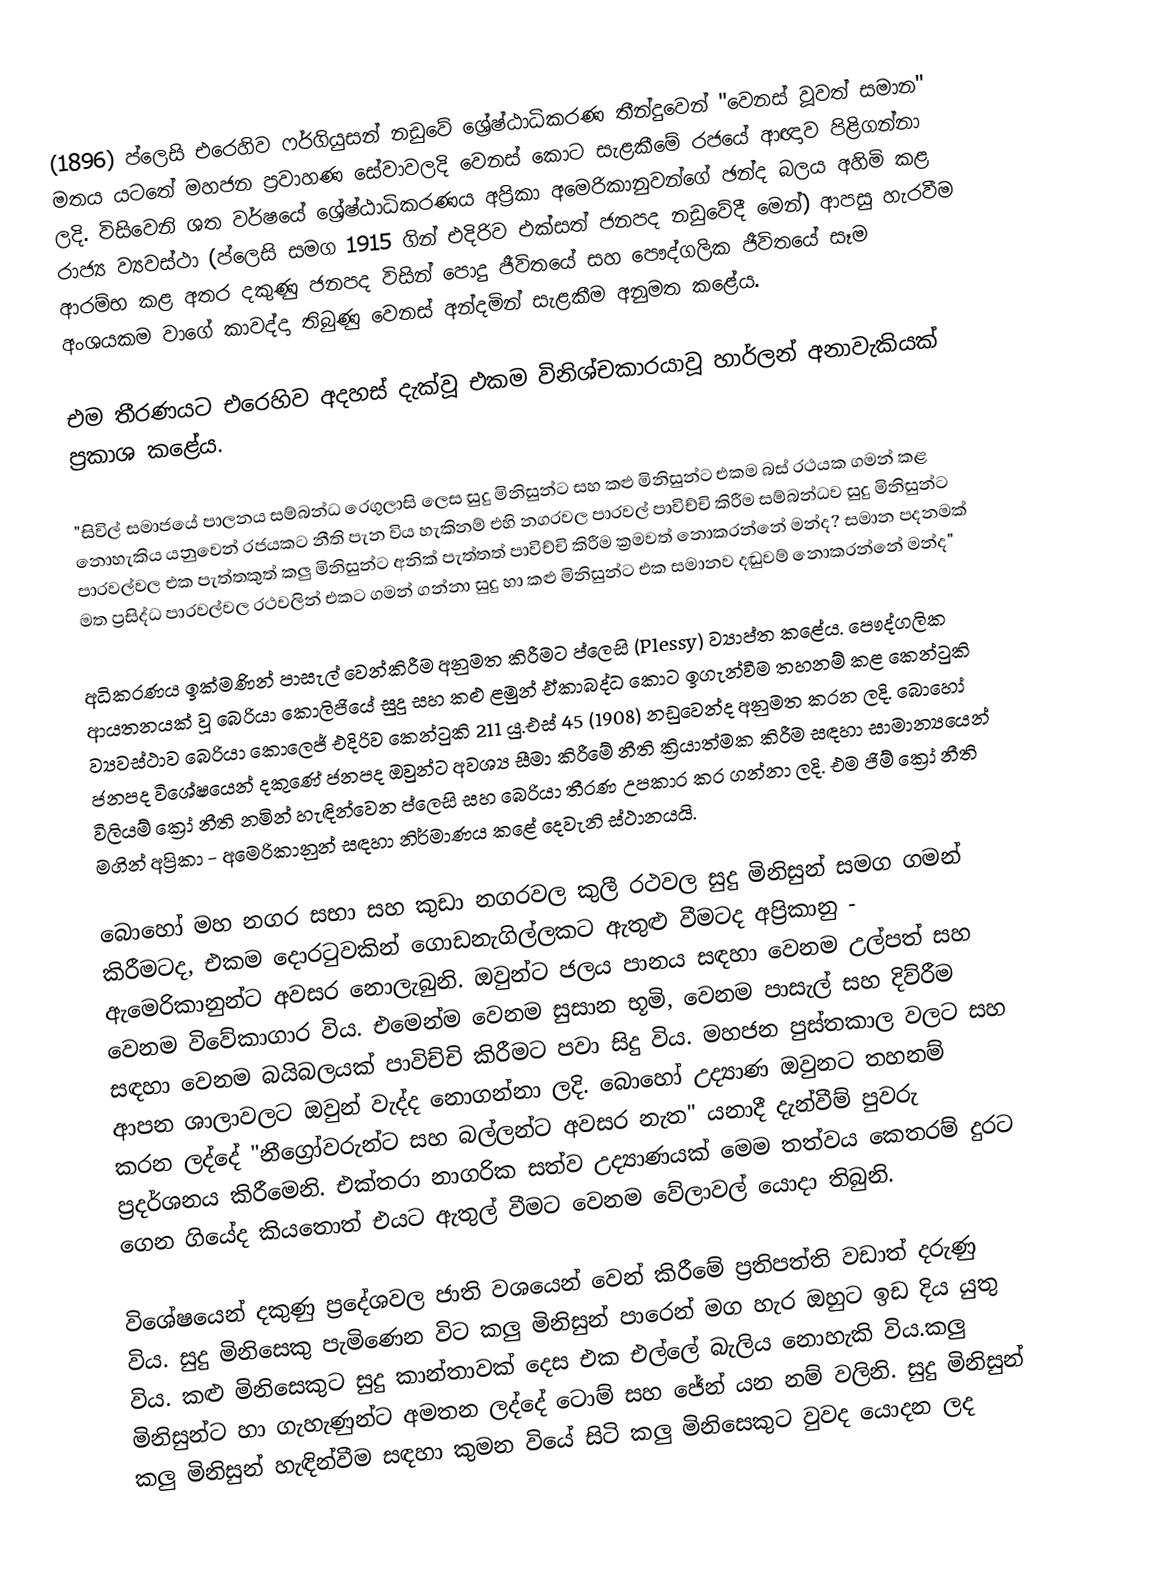
(1896) ප්ලෙසි එරෙහිව ෆර්ගියුසන් නඩුවේ ශ්‍රේෂ්ඨාධිකරණ තීන්දුවෙන් "වෙනස් වූවත් සමාන" මතය යටතේ මහජන ප්‍රවාහණ සේවාවලදි වෙනස් කොට සැළකීමේ රජයේ ආඥාව පිළිගන්නා ලදි. විසිවෙනි ශත වර්ෂයේ ශ්‍රේෂ්ඨාධිකරණය අප්‍රිකා අමෙරිකානුවන්ගේ ඡන්ද බලය අහිමි කළ රාජ්‍ය ව්‍යවස්ථා (ප්ලෙසි සමග 1915 ගින් එදිරිව එක්සත් ජනපද නඩුවේදී මෙන්) ආපසු හැරවීම ආරම්භ කළ අතර දකුණු ජනපද විසින් පොදු ජීවිතයේ සහ පෞද්ගලික ජීවිතයේ සෑම අංශයකම වාගේ කාවද්දා තිබුණු වෙනස් අන්දමින් සැළකීම අනුමත කළේය.

එම තීරණයට එරෙහිව අදහස් දැක්වූ එකම විනිශ්චකාරයාවූ හාර්ලන් අනාවැකියක් ප්‍රකාශ කළේය.

"සිවිල් සමාජයේ පාලනය සම්බන්ධ රෙගුලාසි ලෙස සුදු මිනිසුන්ට සහ කළු මිනිසුන්ට එකම බස් රථයක ගමන් කළ නොහැකිය යනුවෙන් රජයකට නීති පැන විය හැකිනම් එහි නගරවල පාරවල් පාවිච්චි කිරීම සම්බන්ධව සුදු මිනිසුන්ට පාරවල්වල එක පැත්තකුත් කලු මිනිසුන්ට අනික් පැත්තත් පාවිච්චි කිරීම ක්‍රමවත් නොකරන්නේ මන්ද? සමාන පදනමක් මත ප්‍රසිද්ධ පාරවල්වල රථවලින් එකට ගමන් ගන්නා සුදු හා කළු මිනිසුන්ට එක සමානව දඬුවම් නොකරන්නේ මන්ද"

අධිකරණය ඉක්මණින් පාසැල් වෙන්කිරීම අනුමත කිරීමට ප්ලෙසි (Plessy) ව්‍යාප්ත කළේය. පෞද්ගලික ආයතනයක් වූ බෙරියා කොලිජියේ සුදු සහ කළු ළමුන් ඒකාබද්ධ කොට ඉගැන්වීම තහනම් කළ කෙන්ටුකි ව්‍යවස්ථාව බෙරියා කොලෙජ් එදිරිව කෙන්ටුකි 211 යු.එස් 45 (1908) නඩුවෙන්ද අනුමත කරන ලදි. බොහෝ ජනපද විශේෂයෙන් දකුණේ ජනපද ඔවුන්ට අවශ්‍ය සීමා කිරීමේ නීති ක්‍රියාත්මක කිරීම සඳහා සාමාන්‍යයෙන් විලියම් ක්‍රෝ නීති නමින් හැඳින්වෙන ප්ලෙසි  සහ බෙරියා තීරණ උපකාර කර ගන්නා ලදි. එම ජිම් ක්‍රෝ නීති මගින් අප්‍රිකා - අමෙරිකානුන් සඳහා නිර්මාණය කළේ දෙවැනි ස්ථානයයි.

බොහෝ මහ නගර සභා සහ කුඩා නගරවල  කුලී රථවල සුදු මිනිසුන් සමග ගමන් කිරීමටද,  එකම දොරටුවකින් ගොඩනැගිල්ලකට ඇතුළු වීමටද අප්‍රිකානු - ඇමෙරිකානුන්ට අවසර නොලැබුනි. ඔවුන්ට ජලය පානය සඳහා වෙනම උල්පත් සහ  වෙනම විවේකාගාර විය. එමෙන්ම වෙනම සුසාන භූමි, වෙනම පාසැල් සහ දිව්රීම සඳහා වෙනම බයිබලයක් පාවිච්චි කිරීමට පවා සිදු විය. මහජන පුස්තකාල වලට සහ ආපන ශාලාවලට ඔවුන් වැද්ද නොගන්නා ලදි. බොහෝ උද්‍යාණ ඔවුනට තහනම් කරන ලද්දේ "නීග්‍රෝවරුන්ට සහ බල්ලන්ට අවසර නැත" යනාදී දැන්වීම් පුවරු ප්‍රදර්ශනය කිරීමෙනි. එක්තරා නාගරික සත්ව උද්‍යාණයක් මෙම තත්වය කෙතරම් දුරට ගෙන ගියේද කියතොත් එයට ඇතුල් වීමට වෙනම වේලාවල් යොදා තිබුනි.

විශේෂයෙන් දකුණු ප්‍රදේශවල ජාති වශයෙන් වෙන් කිරීමේ ප්‍රතිපත්ති වඩාත් දරුණු විය. සුදු මිනිසෙකු පැමිණෙන විට කලු මිනිසුන් පාරෙන් මග හැර ඔහුට ඉඩ දිය යුතු විය. කළු මිනිසෙකුට සුදු කාන්තාවක් දෙස එක එල්ලේ බැලිය නොහැකි විය.කලු මිනිසුන්ට හා ගැහැණුන්ට අමතන ලද්දේ ටොම් සහ ජේන් යන නම් වලිනි. සුදු මිනිසුන් කලු මිනිසුන් හැඳින්වීම සඳහා කුමන වියේ සිටි කලු මිනිසෙකුට වුවද යොදන ලද